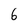
Character: 6